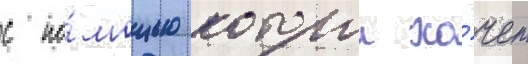
с по́мощью которои хо́чет